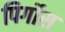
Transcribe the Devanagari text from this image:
पिर्गोस